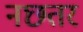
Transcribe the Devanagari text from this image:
नछतर